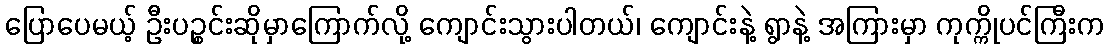
ပြောပေမယ့် ဦးပဉ္စင်းဆိုမှာကြောက်လို့ ကျောင်းသွားပါတယ်၊ ကျောင်းနဲ့ ရွာနဲ့ အကြားမှာ ကုက္ကိုပင်ကြီးက